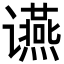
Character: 䜩